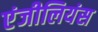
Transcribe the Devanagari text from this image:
एंजीलियंस